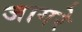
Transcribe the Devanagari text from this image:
जागरे